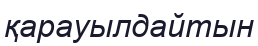
қарауылдайтын